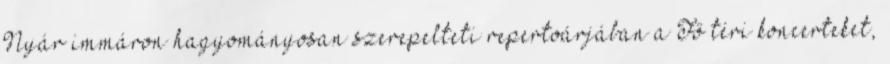
Nyár immáron hagyományosan szerepelteti repertoárjában a Fő téri koncerteket,